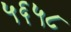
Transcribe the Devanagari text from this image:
५६५८